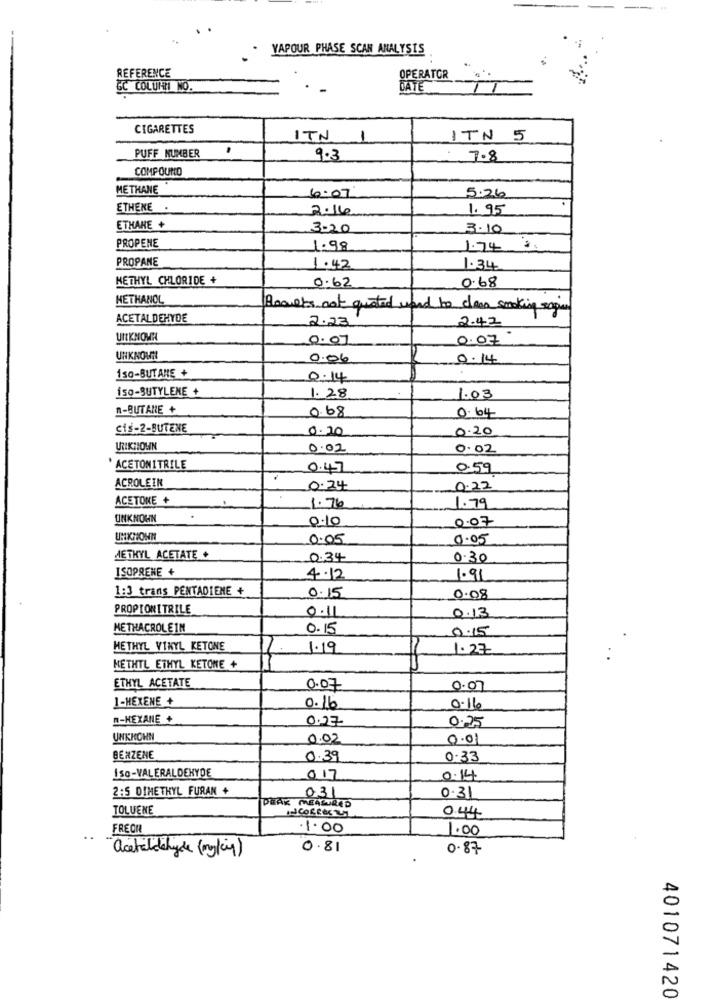
YAPOUR PHASE SCAN ANALYSIS
REFERENCE
OPERATOR
GC COLUMN NO.
DATE
iT
CIGARETTES
ITN
1
ITN 5
PUFF NUMBER
.
9.3
7.8
COMPOUND
METHANE
6.07
5.26
ETHENE
2.16
1.95
ETHANE +
3.20
3.10
PROPENE
1.98
1.74
PROPANE
1.42
1.34
METHYL CHLORIDE +
0.62
0.68
HETHANOL
Anovets not quoted wand to clean smoking sage
ACETALDEHYDE
2.23
2.42
UNKNOWN
0.07
0.07
UNKNOWN
0.06
0.14
150-BUT ANE +
0.14
İSO-BUTYLENE +
1.28
1.03
n-BUTARE +
0.68
0.64
cis-2-BUTENE
0.20
0.20
URINHOHN
0.02
0.02
* ACETONITRILE
0.47
0.59
ACROLEIN
0.24
0.22
ACETONE +
1.76
1.79
UNKNOWN
0.10
0.07
UHKNOWN
0.05
0.05
METHYL ACETATE +
0.34
0.30
ISOPRENE +
4.12
1.91
1:3 trans PENTADIEME +
0.15
0.08
PROPIONITRILE
0.11
0.13
HETHACROLEIN
0.15
0.15
METHYL VINYL KETONE
1.19
1.27
METHTL ETHYL KETONE +
ETHYL ACETATE
0.07
0.07
1-HEXENE +
0.16
0.16
n-HEXANE +
0.27
0.25
UNKNOWN
0.02
0.01
BENZENE
0.39
0.33
ISO-VALERALDEHYDE
017
0.14
2:5 DIMETHYL FURAN +
0.31
031
TOLUENE
DRAK MEASURED
INCORRECTLY
0.44
FREON
·1.00
1.00
acetaldehyde (myking)
0.81
0.87
401071420